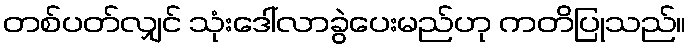
တစ်ပတ်လျှင် သုံးဒေါ်လာခွဲပေးမည်ဟု ကတိပြုသည်။